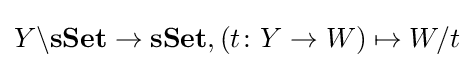
Y\backslash \mathbf {sSet} \rightarrow \mathbf {sSet} ,(t\colon Y\rightarrow W)\mapsto W/t